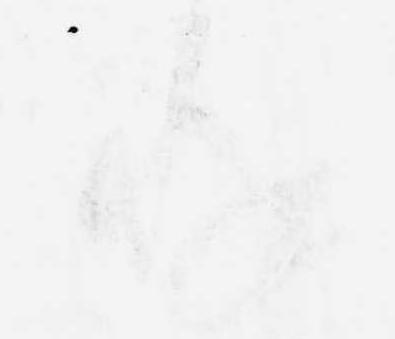
存